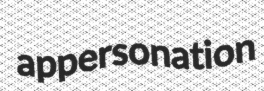
appersonation